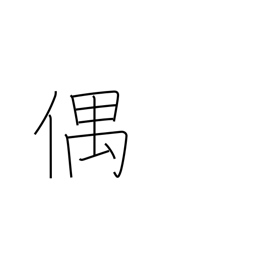
Meaning: accidentally